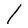
Character: l